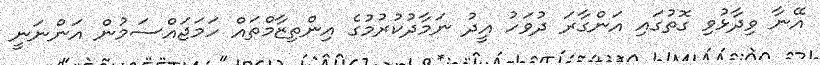
އޭނާ ވިދާޅުވި ގޮތުގައި އަންގާރަ ދުވަހު އީދު ނަމާދުކުރުމުގެ އިންތިޒާމްތައް ހަމަޖައްސަމުން އަންނަނީ